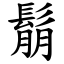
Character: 鬅